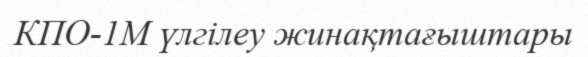
КПО-1М үлгілеу жинақтағыштары